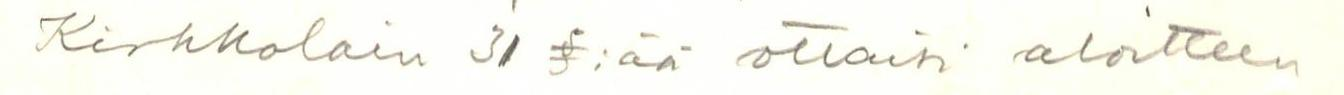
Kirkkolain 31 §:ää ottaisi aloitteen